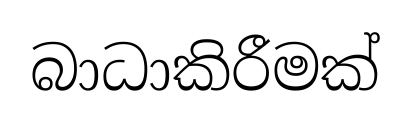
බාධාකිරීමක්